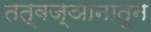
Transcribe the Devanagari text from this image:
तत्वज्ञानातून